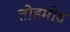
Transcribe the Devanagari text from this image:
तोड़मोड़